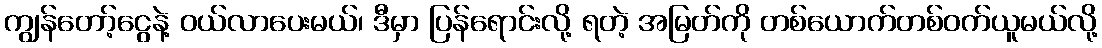
ကျွန်တော့်ငွေနဲ့ ဝယ်လာပေးမယ်၊ ဒီမှာ ပြန်ရောင်းလို့ ရတဲ့ အမြတ်ကို တစ်ယောက်တစ်ဝက်ယူမယ်လို့